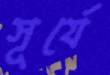
সূর্যে